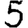
Digit: 5